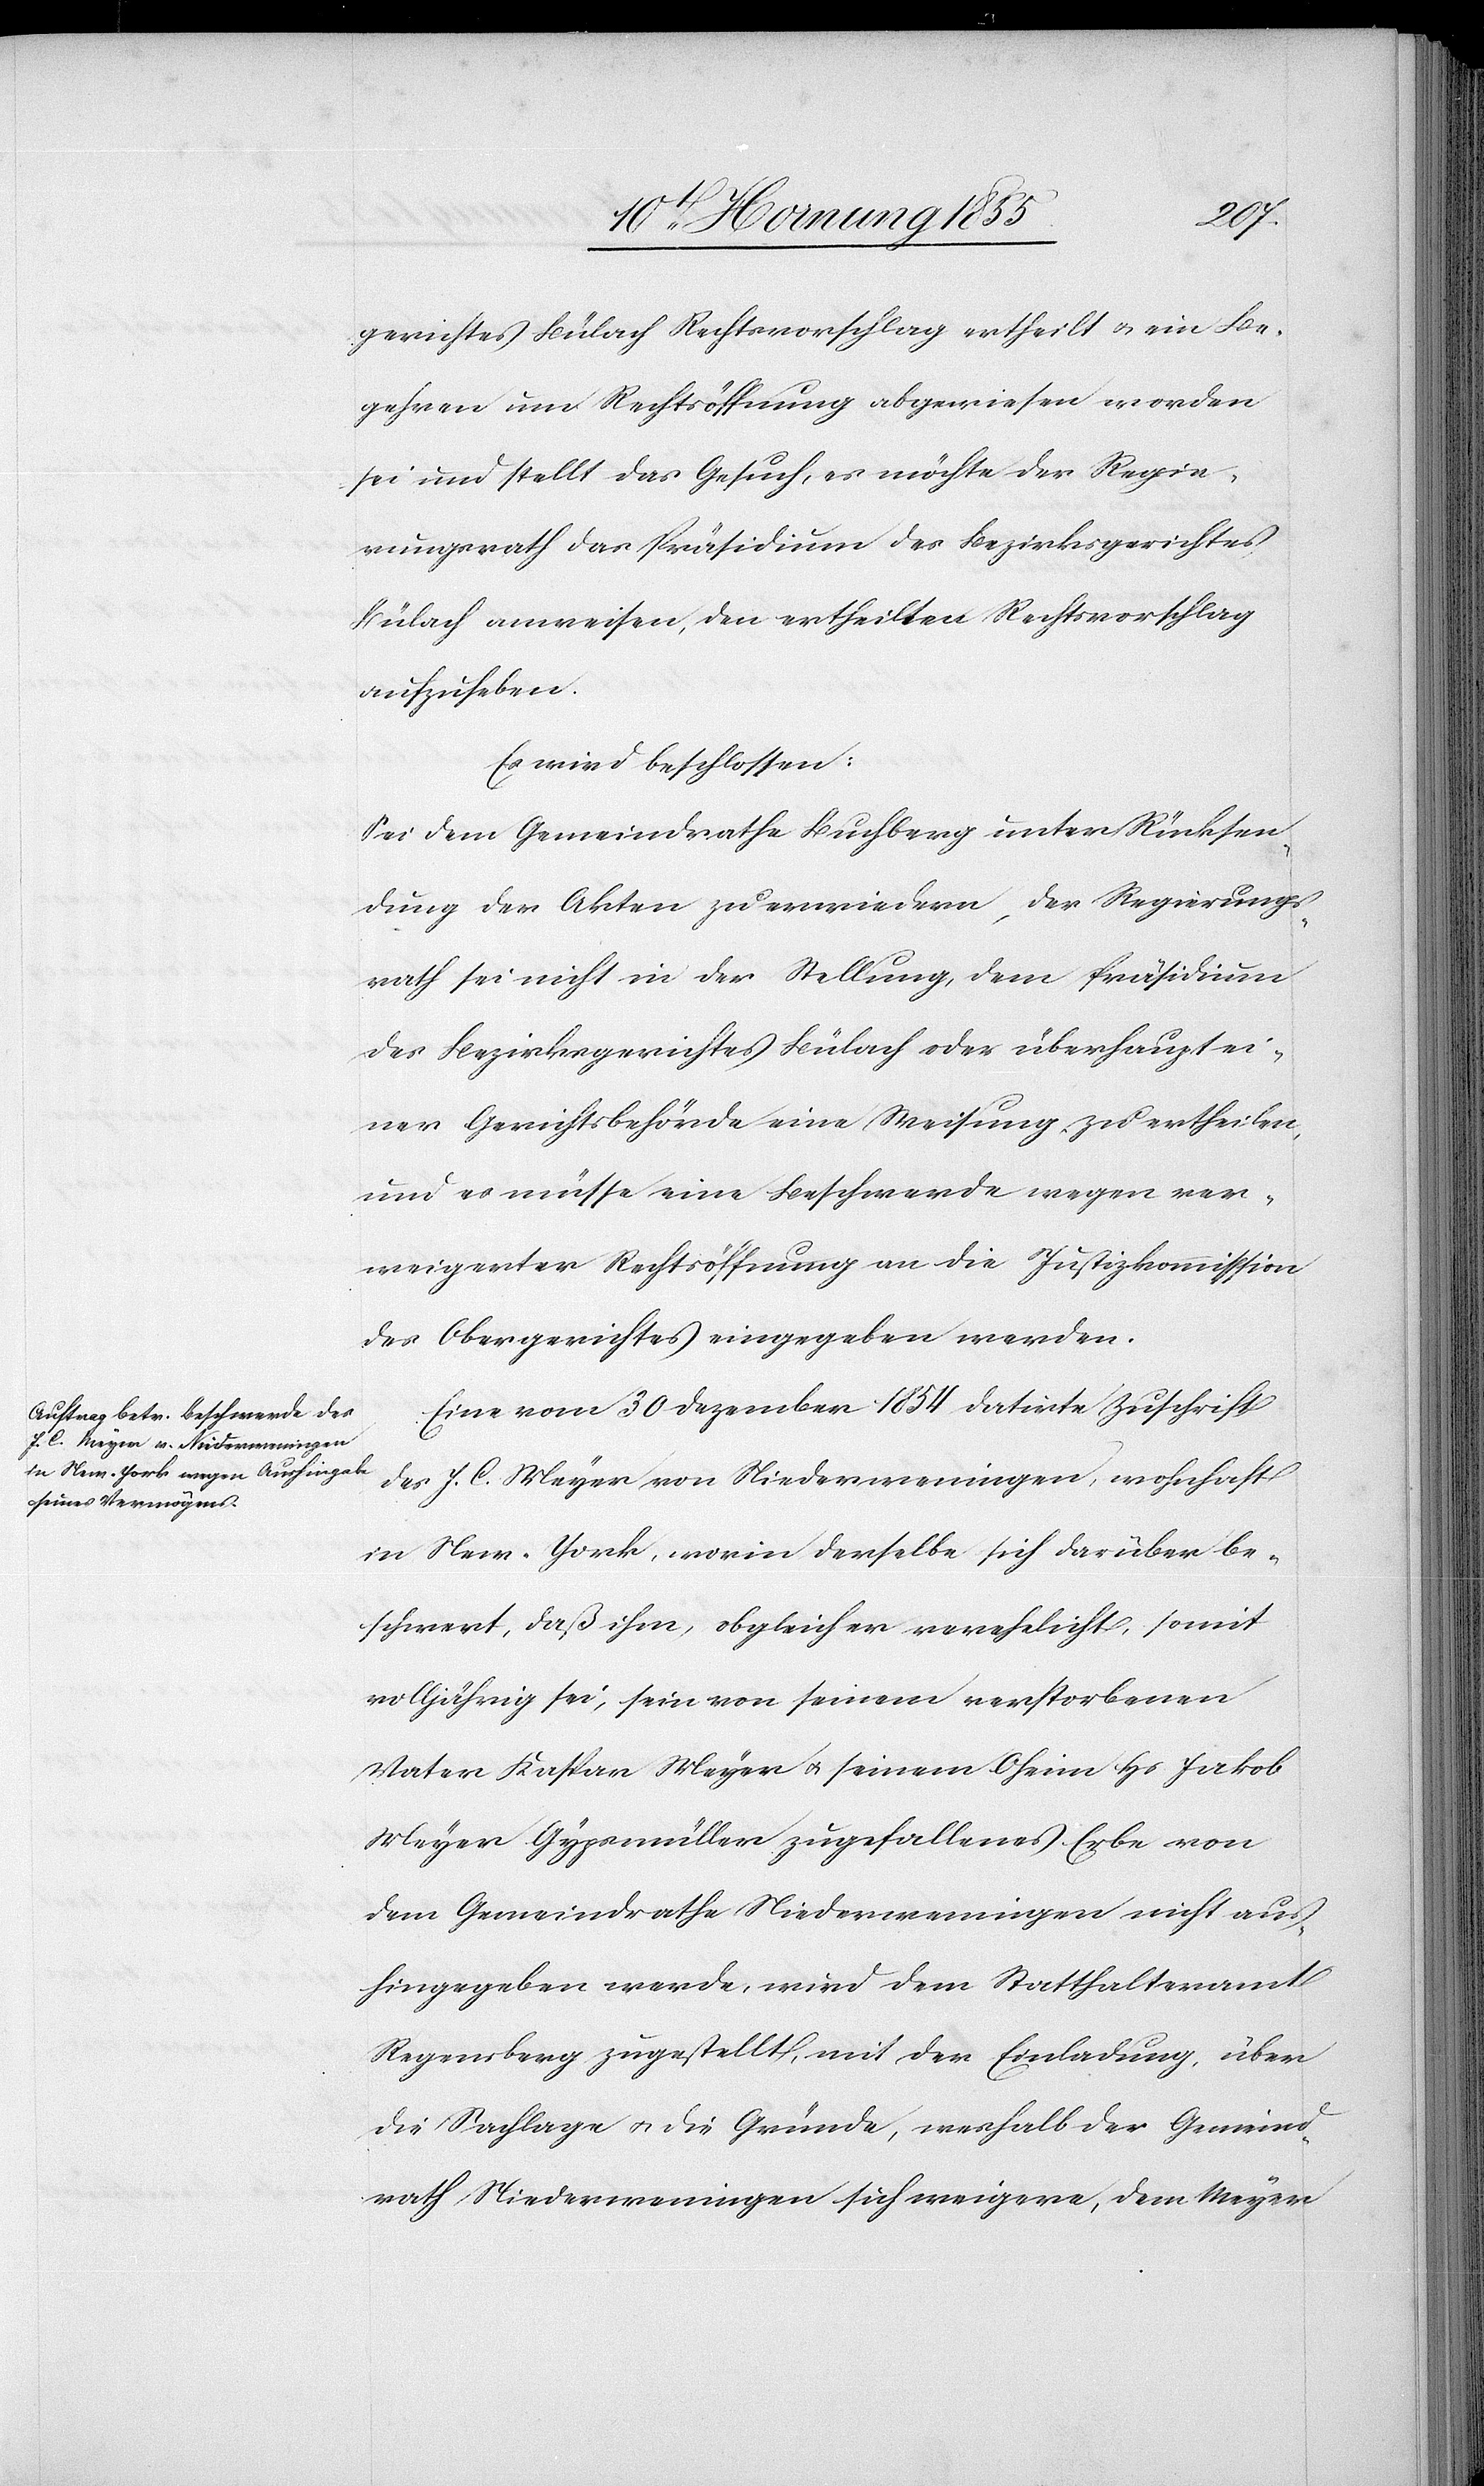
gerichtes Bülach Rechtsvorschlag ertheilt & ein Be¬
gehren um Rechtsöffnung abgewiesen worden
sei und stellt das Gesuch, es möchte der Regie¬
rungsrath das Präsidium des Bezirksgerichtes
Bülach anweisen, den ertheilten Rechtsvorschlag
aufzuheben.
Es wird beschlossen:
Sei dem Gemeindrathe Buchberg unter Rücksen¬
dung der Akten zu erwiedern, der Regierungs¬
rath sei nicht in der Stellung, dem Präsidium
des Bezirksgerichtes Bülach oder überhaupt ei¬
ner Gerichtsbehörde eine Weisung zu ertheilen,
und es müsse eine Beschwerde wegen ver¬
weigerter Rechtsöffnung an die Justizkommission
des Obergerichtes eingegeben werden.
Eine vom 30 Dezember 1854 datirte Zuschrift
des J. C. Meyer von Niederweningen, wohnhaft
in New-York, worin derselbe sich darüber be¬
schwert, daß ihm, obgleich er verehelicht, somit
volljährig sei, sein von seinem verstorbenen
Vater Kaspar Meyer & seinem Oheim Hs. Jakob
Meyer Gypsmüller zugefallenes Erbe von
dem Gemeindrathe Niederweningen nicht aus¬
hingegeben werde, wird dem Statthalteramt
Regensberg zugestellt, mit der Einladung, über
die Sachlage & die Gründe, weshalb der Gemeind¬
rath Niederweningen sich weigere, dem Meyer